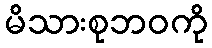
မိသားစုဘဝကို